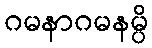
ဂမနာဂမနမ္ပိ